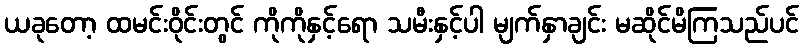
ယခုတော့ ထမင်းဝိုင်းတွင် ကိုကိုနှင့်ရော သမီးနှင့်ပါ မျက်နှာချင်း မဆိုင်မိကြသည်ပင်